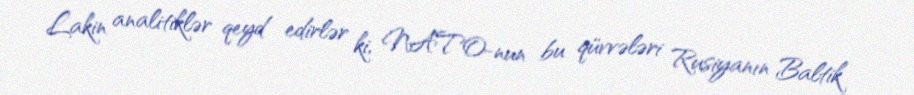
Lakin analitiklər qeyd edirlər ki, NATO-nun bu qüvvələri Rusiyanın Baltik